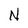
Character: N